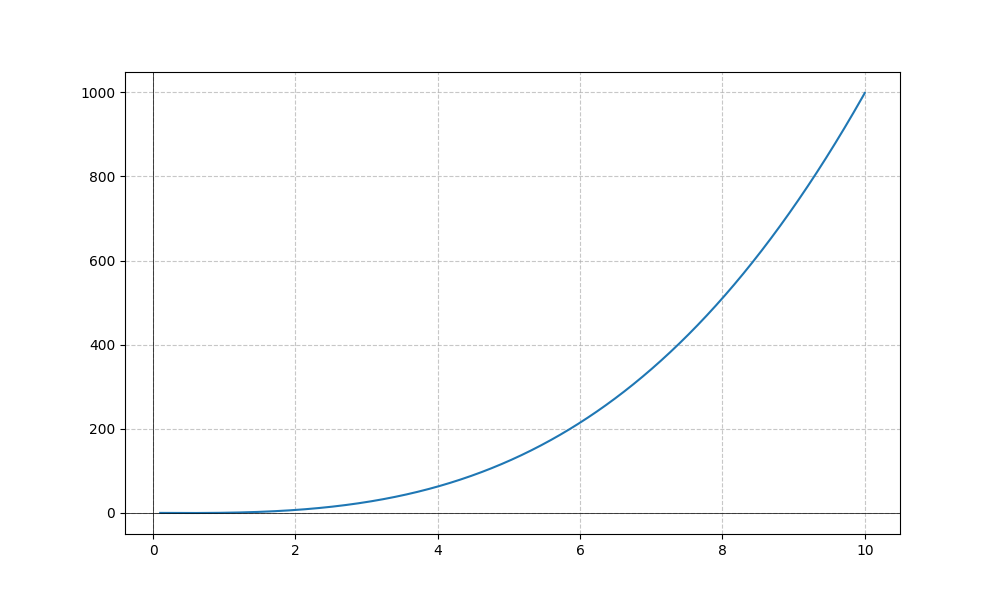
LaTeX formula: x^{3} - \operatorname{atan}{\left(x \right)}